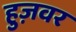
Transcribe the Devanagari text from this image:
हुज़वर